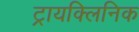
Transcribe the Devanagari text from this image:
ट्रायक्लिनिक